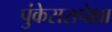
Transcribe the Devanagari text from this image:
पुंकेसरापेक्षा